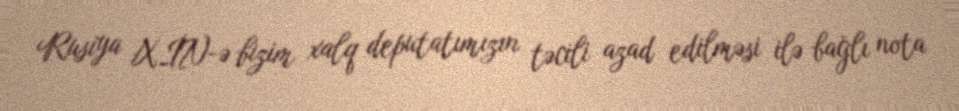
Rusiya XİN-ə bizim xalq deputatımızın təcili azad edilməsi ilə bağlı nota